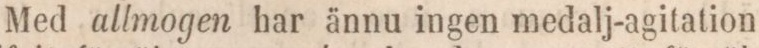
Med allmogen har ännu ingen medalj-agitation